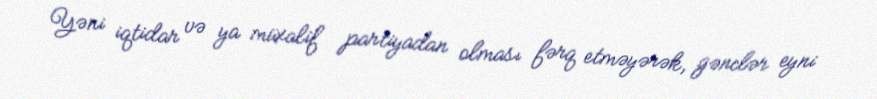
Yəni iqtidar və ya müxalif partiyadan olması fərq etməyərək, gənclər eyni